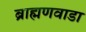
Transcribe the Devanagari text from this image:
ब्राह्मणवाडा